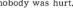
nobody was hurt.